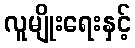
လူမျိုးရေးနှင့်